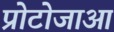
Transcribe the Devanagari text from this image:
प्रोटोजाआ